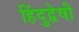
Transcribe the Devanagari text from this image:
हिंदुद्वेषी